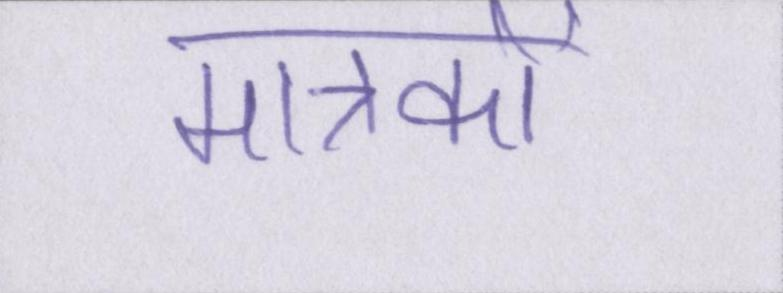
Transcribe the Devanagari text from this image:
मात्रकों